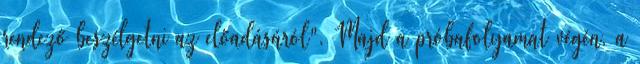
rendező beszélgetni az előadásáról". Majd a próbafolyamat végén, a